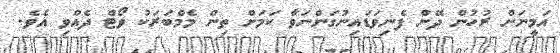
އަމީނަށް ރުހުން ދޭން ފެނިވަޑައިނުގަންނަވާ ކަމަށް ތިން މެމްބަރަކު ވޯޓް ދެއްވި އެވެ.